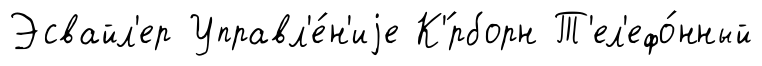
Эсвайл'ер Управл'е́н'иjе К'́рборн Т'ел'ефо́нный